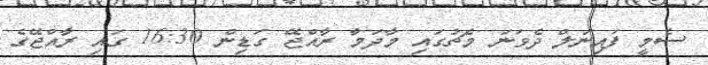
ސެމީ ފައިނަލް ދެވަނަ މެޗުގައި މާދަމާ ރާއްޖޭ ގަޑިން 16:30 ގައި ރާއްޖޭގެ